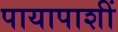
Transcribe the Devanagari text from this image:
पायापाशीं